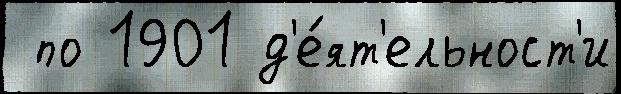
 по 1901 д'е́ят'ельност'и